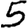
Digit: 5